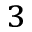
_ 3